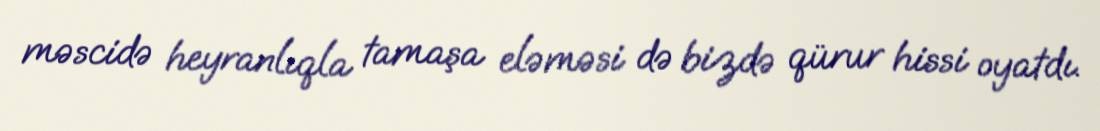
məscidə heyranlıqla tamaşa eləməsi də bizdə qürur hissi oyatdı.